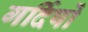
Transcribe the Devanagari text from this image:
गर्दिषों